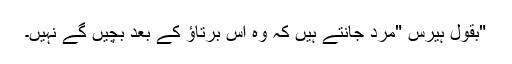
"بقول ہیرس "مرد جانتے ہیں کہ وہ اس برتاؤ کے بعد بچیں گے نہیں۔